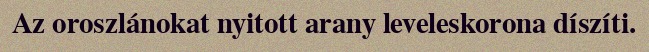
Az oroszlánokat nyitott arany leveleskorona díszíti.